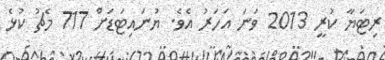
ރިޓަޔާ ކުރީ 2013 ވަނަ އަހަރު އެވެ. ޔުނައިޓަޑަށް 717 މެޗު ކުޅެ